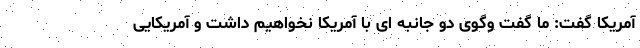
آمریکا گفت: ما گفت وگوی دو جانبه ای با آمریکا نخواهیم داشت و آمریکایی